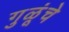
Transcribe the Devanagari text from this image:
गुळूंचे